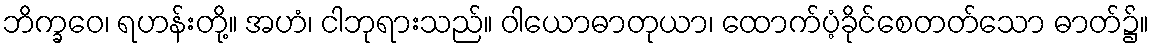
ဘိက္ခဝေ၊ ရဟန်းတို့။ အဟံ၊ ငါဘုရားသည်။ ဝါယောဓာတုယာ၊ ထောက်ပံ့ခိုင်စေတတ်သော ဓာတ်၌။